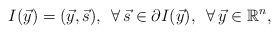
LaTeX: \begin{align*}I (\vec y)=(\vec y, \vec s) , \,\,\, \forall\, \vec s\in\partial I (\vec y), \,\,\, \forall\, \vec y \in \mathbb{R}^n,\end{align*}